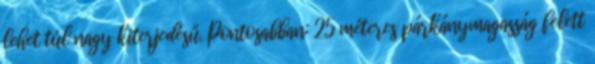
lehet túl nagy kiterjedésű. Pontosabban: 25 méteres párkánymagasság felett